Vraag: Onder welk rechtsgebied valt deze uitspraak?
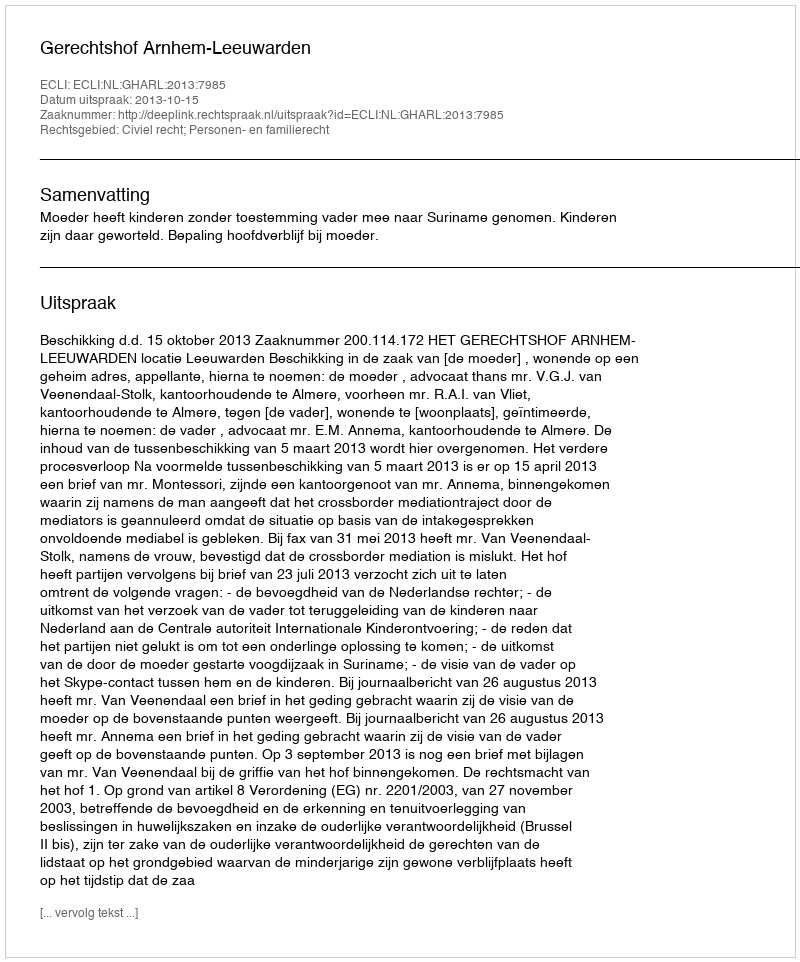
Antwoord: Civiel recht; Personen- en familierecht